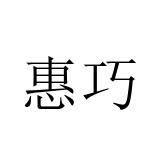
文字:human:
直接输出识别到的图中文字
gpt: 惠巧